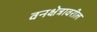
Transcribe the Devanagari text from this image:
वनक्षेत्रावरील